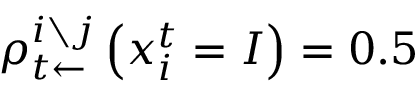
\rho _ { t \leftarrow } ^ { i \setminus j } \left( x _ { i } ^ { t } = I \right) = 0 . 5